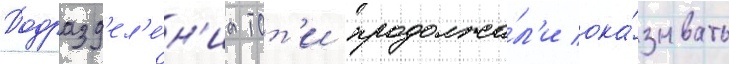
Подразд'ел'е́н'иа тот'и продолжа́л'и ока́зывать